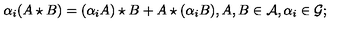
\alpha _ { i } ( A \star B ) = ( \alpha _ { i } A ) \star B + A \star ( \alpha _ { i } B ) , A , B \in { \cal A } , \alpha _ { i } \in { \cal G } ;